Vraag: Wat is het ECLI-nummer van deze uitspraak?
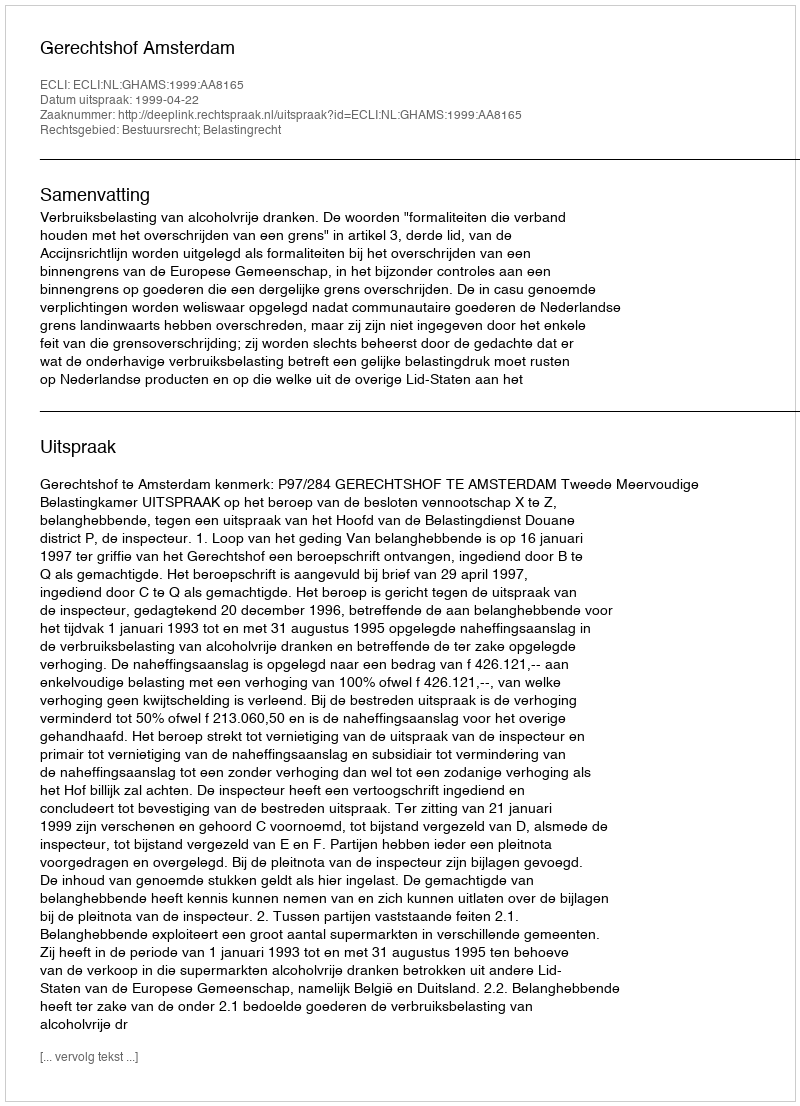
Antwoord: ECLI:NL:GHAMS:1999:AA8165